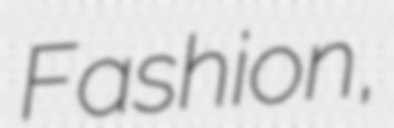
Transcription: Fashion,